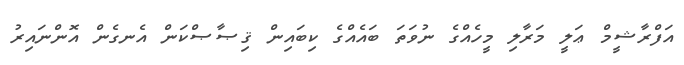
އަފްރާޝީމް ޢަލީ މަރާލި މީހެއްގެ ނުވަތަ ބައެއްގެ ކިބައިން ޤިޞާޞްކަން އެނގެން އޮންނައިރު